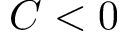
C < 0